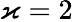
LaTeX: \varkappa=2